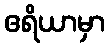
ဧရိယာမှာ